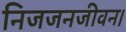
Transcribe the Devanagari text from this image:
निजजनजीवन।